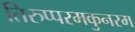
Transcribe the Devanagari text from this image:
तिरुप्परमकुनरम